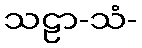
သဠာ-သံ-